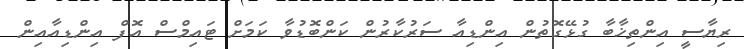
ރިޔާސީ އިންތިޚާބާ ގުޅޭގޮތުން އިންޑިއާ ސަރުކާރުން ކަންބޮޑުވާ ކަމަށް ޓައިމްސް އޮފް އިންޑިއާއިން